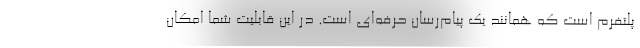
پلتفرم است که همانند یک پیام‌رسان حرفه‌ای است. در این قابلیت شما امکان